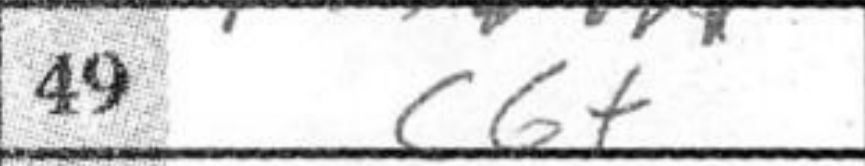
Transcription: c6+